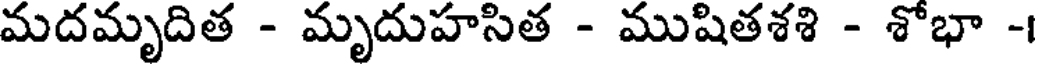
మదమృదిత - మృదుహసిత - ముషితశశి - శోభా -